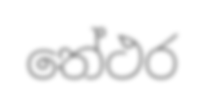
තේථර